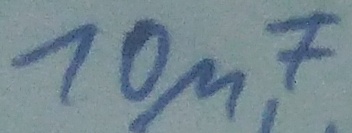
Text: 10µF